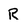
Character: R